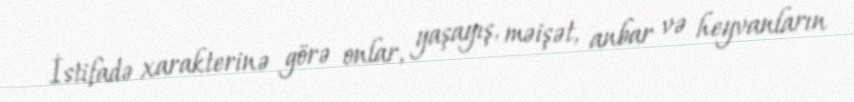
İstifadə xarakterinə görə onlar, yaşayış, məişət, anbar və heyvanların